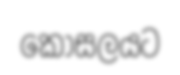
කෝසලයට